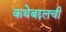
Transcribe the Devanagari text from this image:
कथेबद्दलची